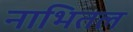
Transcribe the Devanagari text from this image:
नाभितल